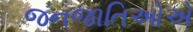
જનજાતિઓએ